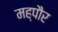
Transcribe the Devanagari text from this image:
मह्पौर